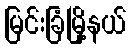
မြင်းခြံမြို့နယ်